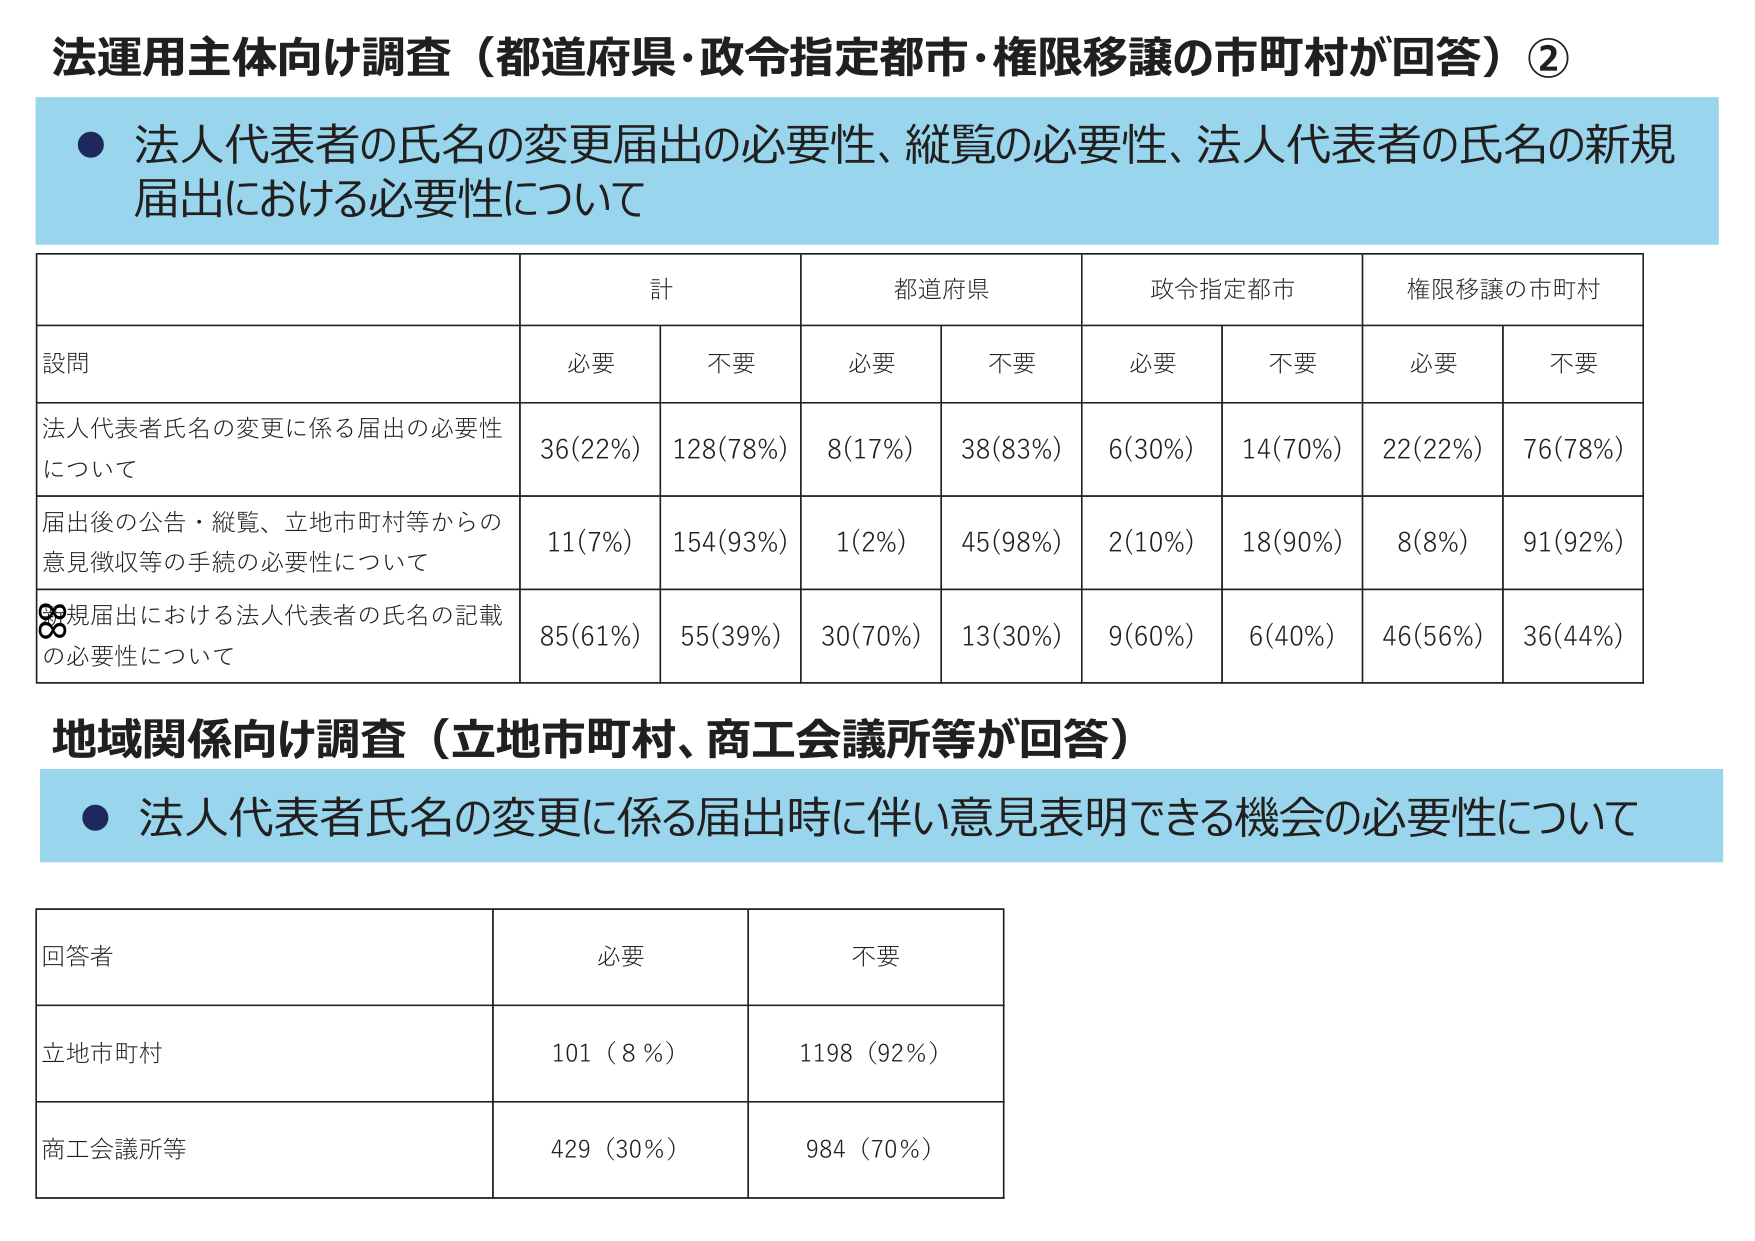
法運用主体向け調査（都道府県・政令指定都市・権限移譲の市町村が回答）②
● 法人代表者の氏名の変更届出の必要性、縦覧の必要性、法人代表者の氏名の新規届出における必要性について

| 設問 | 計 | | 都道府県 | | 政令指定都市 | | 権限移譲の市町村 | |
|------|----|----|----------|----|--------------|----|------------------|----|
| | 必要 | 不要 | 必要 | 不要 | 必要 | 不要 | 必要 | 不要 |
| 法人代表者氏名の変更に係る届出の必要性について | 36(22%) | 128(78%) | 8(17%) | 38(83%) | 6(30%) | 14(70%) | 22(22%) | 76(78%) |
| 届出後の公告・縦覧、立地市町村等からの意見徴収等の手続の必要性について | 11(7%) | 154(93%) | 1(2%) | 45(98%) | 2(10%) | 18(90%) | 8(8%) | 91(92%) |
| 新規届出における法人代表者の氏名の記載の必要性について | 85(61%) | 55(39%) | 30(70%) | 13(30%) | 9(60%) | 6(40%) | 46(56%) | 36(44%) |

地域関係向け調査（立地市町村、商工会議所等が回答）
● 法人代表者氏名の変更に係る届出時に伴い意見表明できる機会の必要性について

| 回答者 | 必要 | 不要 |
|--------|------|------|
| 立地市町村 | 101（8％） | 1198（92％） |
| 商工会議所等 | 429（30％） | 984（70％） |